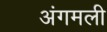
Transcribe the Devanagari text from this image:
अंगमली